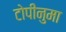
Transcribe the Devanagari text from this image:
टोपीनुमा